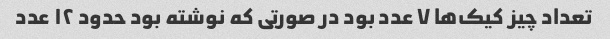
تعداد چیز کیک‌ها ٧ عدد بود در صورتی که نوشته بود حدود ١٢ عدد